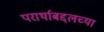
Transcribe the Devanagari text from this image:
परार्थाबद्दलच्या